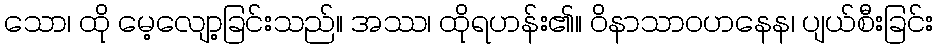
သော၊ ထို မေ့လျော့ခြင်းသည်။ အဿ၊ ထိုရဟန်း၏။ ဝိနာသာဝဟနေန၊ ပျယ်စီးခြင်း